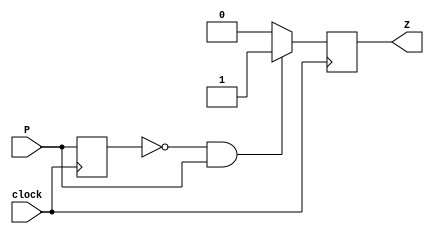
`timescale 1ns / 1ps
//////////////////////////////////////////////////////////////////////////////////
// Company: 
// Engineer: 
// 
// Design Name: 
// Module Name: Single_Pulser
// Project Name: 
// Target Devices: 
// Tool Versions: 
// Description: 
// 
// Dependencies: 
// 
// Revision:
// Revision 0.01 - File Created
// Additional Comments:
// 
//////////////////////////////////////////////////////////////////////////////////


module Single_Pulser(
    input wire P,
    input wire clock,
    output reg Z
    );
    reg tmp;
    always @(posedge clock) begin
        tmp <= P;
        if(tmp == 0 && P == 1) begin
            Z <= 1;
        end else begin
            Z <= 0;
        end
    end
endmodule